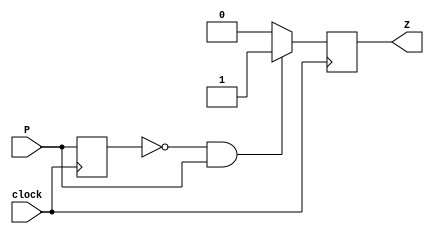
`timescale 1ns / 1ps
//////////////////////////////////////////////////////////////////////////////////
// Company: 
// Engineer: 
// 
// Design Name: 
// Module Name: Single_Pulser
// Project Name: 
// Target Devices: 
// Tool Versions: 
// Description: 
// 
// Dependencies: 
// 
// Revision:
// Revision 0.01 - File Created
// Additional Comments:
// 
//////////////////////////////////////////////////////////////////////////////////


module Single_Pulser(
    input wire P,
    input wire clock,
    output reg Z
    );
    reg tmp;
    always @(posedge clock) begin
        tmp <= P;
        if(tmp == 0 && P == 1) begin
            Z <= 1;
        end else begin
            Z <= 0;
        end
    end
endmodule